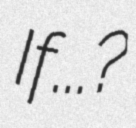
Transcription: If...?